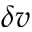
\delta v